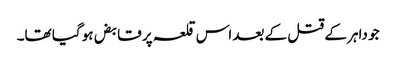
جو داہر کے قتل کے بعد اس قلعہ پر قابض ہو گیا تھا۔